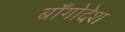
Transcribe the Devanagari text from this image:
बाँगोदेश